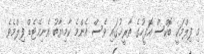
މި ފިލްމަކީ ބޮކްސް އޮފީހުގެ ތާރީޚުގައި ވެސް އެންމެ ކާމިޔާބު އެނިމޭޓެޑް ފިލްމެވެ.